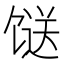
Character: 𩠌